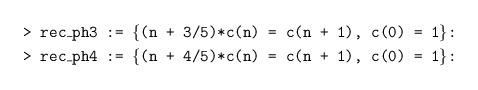
LaTeX: \begin{align*}&\texttt{> rec\_ph3 := \{(n + 3/5)*c(n) = c(n + 1), c(0) = 1\}:}\\&\texttt{> rec\_ph4 := \{(n + 4/5)*c(n) = c(n + 1), c(0) = 1\}:}\end{align*}